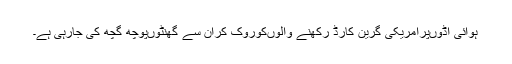
ہوائی اڈوںپرامریکی گرین کارڈ رکھنے والوںکوروک کران سے گھنٹوںپوچھ گچھ کی جارہی ہے۔